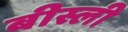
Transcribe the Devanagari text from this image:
बीस्ली